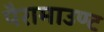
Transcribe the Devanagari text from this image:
पैरामाउण्ट